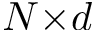
N { \times } d